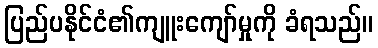
ပြည်ပနိုင်ငံ၏ကျူးကျော်မှုကို ခံရသည်။